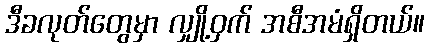
ဒီခလုတ်တွေမှာ လျှို့ဝှက် အစီအမံရှိတယ်။